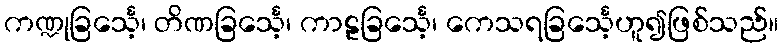
ကဏ္ဍုခြင်္သေ့၊ တိဏခြင်္သေ့၊ ကာဠခြင်္သေ့၊ ကေသရခြင်္သေ့ဟူ၍ဖြစ်သည်။